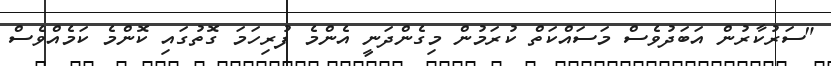
"ސަރުކާރުން އަބަދުވެސް މަސައްކަތް ކުރަމުން މިގެންދަނީ އެންމެ ފުރިހަމަ ގޮތުގައި ކޮންމެ ކަމެއްވެސް